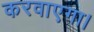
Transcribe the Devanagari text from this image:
करवाएगा।